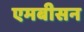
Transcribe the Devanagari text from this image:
एमबीसन